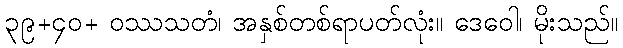
၃၉+၄၀+ ဝဿသတံ၊ အနှစ်တစ်ရာပတ်လုံး။ ဒေဝေါ၊ မိုးသည်။